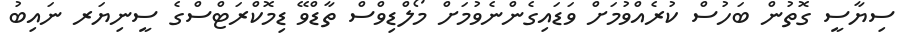
ސިޔާސީ ގޮތުން ބަހުސް ކުރެއްވުމަށް ވަޑައިގެންނެވުމަށް މޯލްޑިވްސް ތާޑްވޭ ޑިމޮކްރަޓްސްގެ ސީނިޔަރ ނައިބު